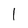
Character: 1